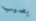
يصيب